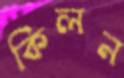
কিলন